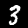
Digit: 3